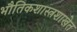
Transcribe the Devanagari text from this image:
भौतिकशास्त्रशाखेत